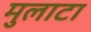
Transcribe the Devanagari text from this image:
मुलाटा